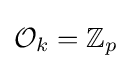
{\mathcal {O}}_{k}=\mathbb {Z} _{p}